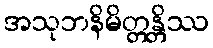
အသုဘနိမိတ္တန္တိဿ